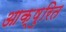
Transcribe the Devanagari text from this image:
आक्षुरित